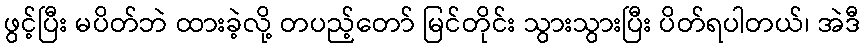
ဖွင့်ပြီး မပိတ်ဘဲ ထားခဲ့လို့ တပည့်တော် မြင်တိုင်း သွားသွားပြီး ပိတ်ရပါတယ်၊ အဲဒီ